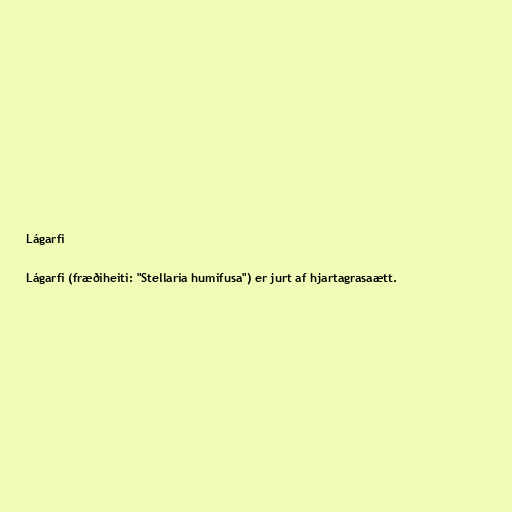
Lágarfi

Lágarfi (fræðiheiti: "Stellaria humifusa") er jurt af hjartagrasaætt.